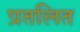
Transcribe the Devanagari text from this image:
प्रतलित